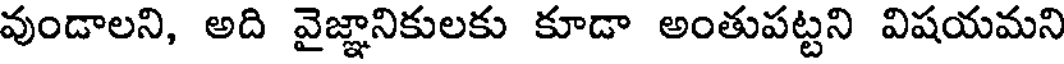
వుండాలని, అది వైజ్ఞానికులకు కూడా అంతుపట్టని విషయమని